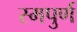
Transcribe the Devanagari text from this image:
स्मपुर्ण